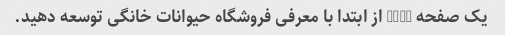
یک صفحه HTML از ابتدا با معرفی فروشگاه حیوانات خانگی توسعه دهید.